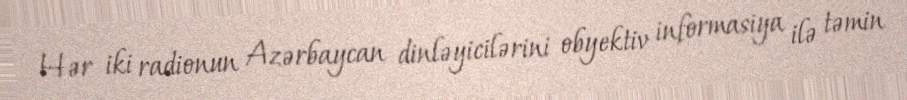
Hər iki radionun Azərbaycan dinləyicilərini obyektiv informasiya ilə təmin